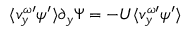
\langle v _ { y } ^ { \omega \prime } \psi ^ { \prime } \rangle \partial _ { y } \Psi = - U \langle v _ { y } ^ { \omega \prime } \psi ^ { \prime } \rangle